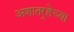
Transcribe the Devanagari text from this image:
अशातर्‍हेच्या